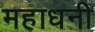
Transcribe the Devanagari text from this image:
महाधनी